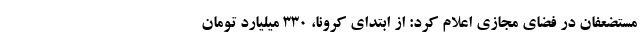
مستضعفان در فضای مجازی اعلام کرد: از ابتدای کرونا، ۳۳۰ میلیارد تومان